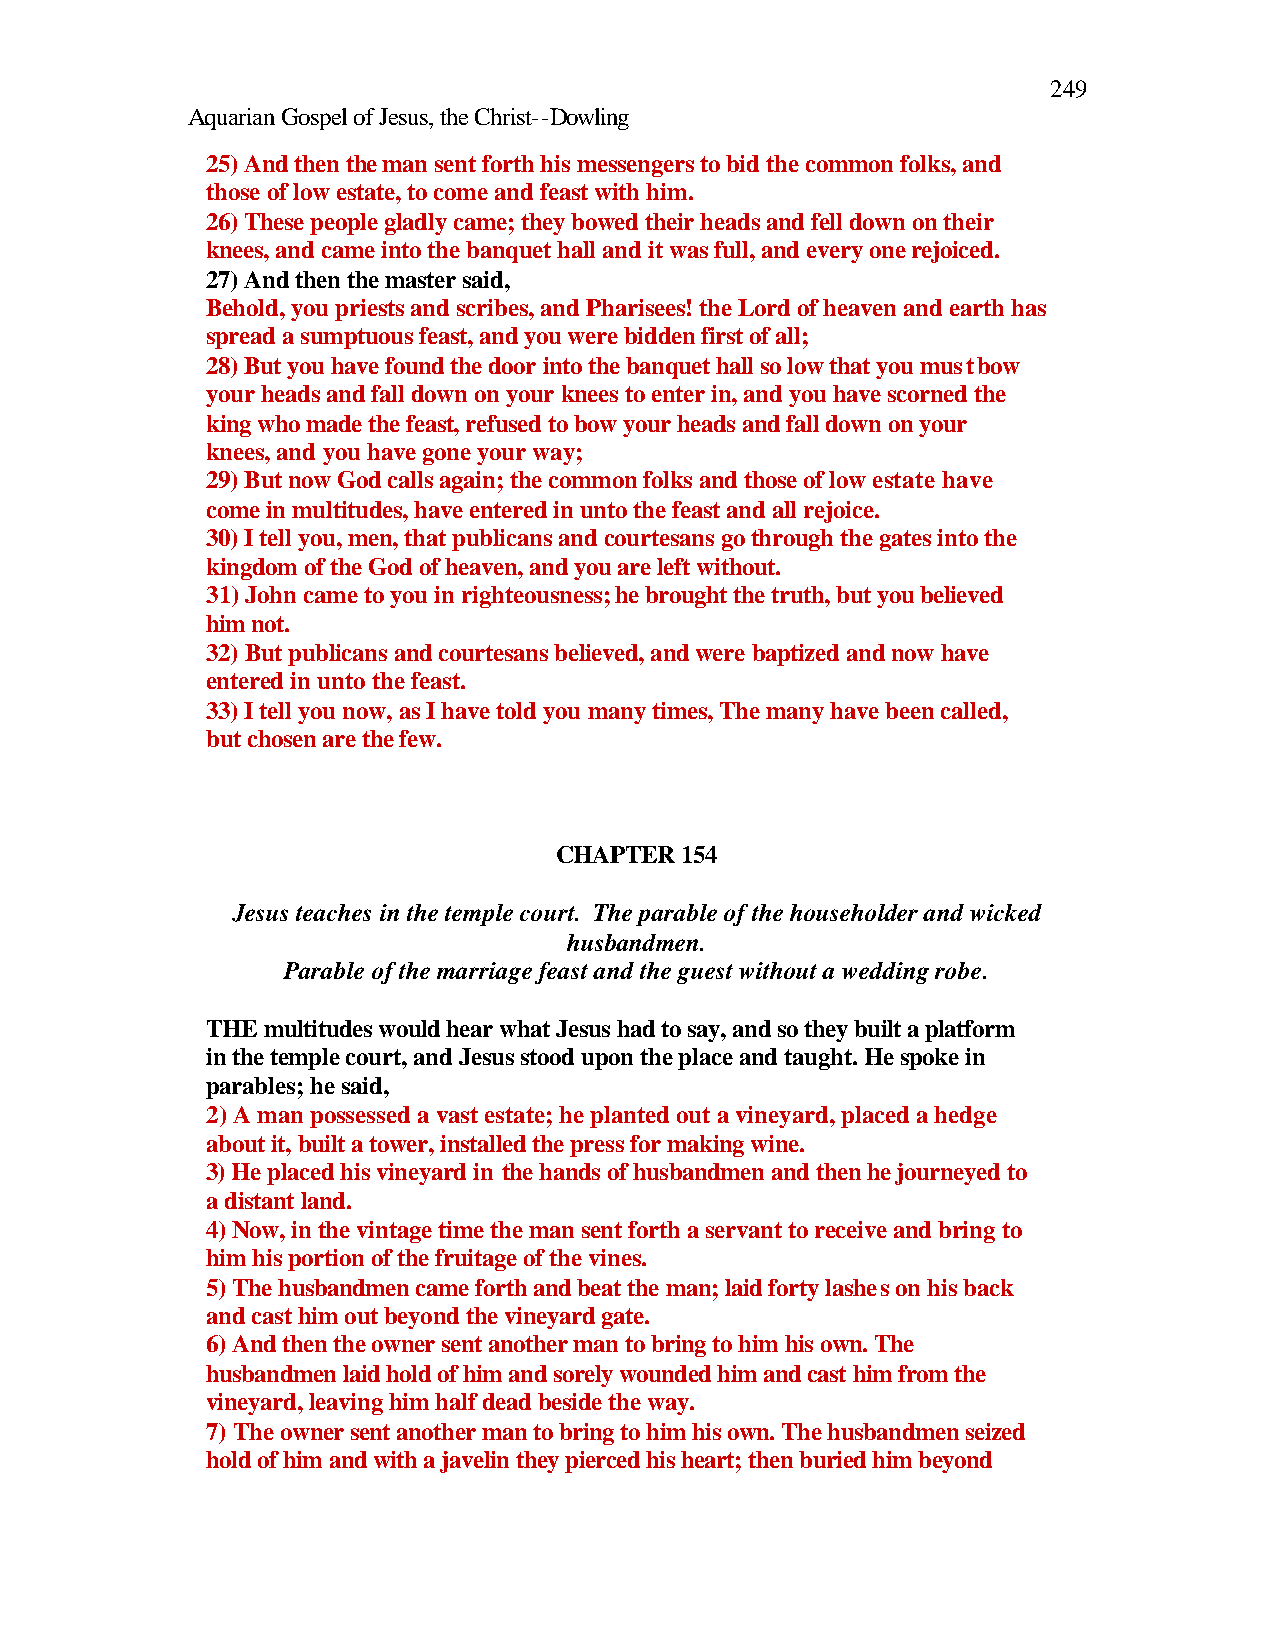
249
 Aquarian Gospel of Jesus, the Christ--Dowling
 25) And then the man sent forth his messengers to bid the common folks, and
 those of low estate, to come and feast with him.
 26) These people gladly came; they bowed their heads and fell down on their
 knees, and came into the banquet hall and it was full, and every one rejoiced.
 27) And then the master said,
 Behold, you priests and scribes, and Pharisees! the Lord of heaven and earth has
 spread a sumptuous feast, and you were bidden first of all;
 28) But you have found the door into the banquet hall so low that you must bow
 your heads and fall down on your knees to enter in, and you have scorned the
 king who made the feast, refused to bow your heads and fall down on your
 knees, and you have gone your way;
 29) But now God calls again; the common folks and those of low estate have
 come in multitudes, have entered in unto the feast and all rejoice.
 30) I tell you, men, that publicans and courtesans go through the gates into the
 kingdom of the God of heaven, and you are left without.
 31) John came to you in righteousness; he brought the truth, but you believed
 him not.
 32) But publicans and courtesans believed, and were baptized and now have
 entered in unto the feast.
 33) I tell you now, as I have told you many times, The many have been called,
 but chosen are the few.
 CHAPTER 154
 Jesus teaches in the temple court. The parable of the householder and wicked
 husbandmen.
 Parable of the marriage feast and the guest without a wedding robe.
 THE multitudes would hear what Jesus had to say, and so they built a platform
 in the temple court, and Jesus stood upon the place and taught. He spoke in
 parables; he said,
 2) A man possessed a vast estate; he planted out a vineyard, placed a hedge
 about it, built a tower, installed the press for making wine.
 3) He placed his vineyard in the hands of husbandmen and then he journeyed to
 a distant land.
 4) Now, in the vintage time the man sent forth a servant to receive and bring to
 him his portion of the fruitage of the vines.
 5) The husbandmen came forth and beat the man; laid forty lashes on his back
 and cast him out beyond the vineyard gate.
 6) And then the owner sent another man to bring to him his own. The
 husbandmen laid hold of him and sorely wounded him and cast him from the
 vineyard, leaving him half dead beside the way.
 7) The owner sent another man to bring to him his own. The husbandmen seized
 hold of him and with a javelin they pierced his heart; then buried him beyond